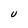
Character: U